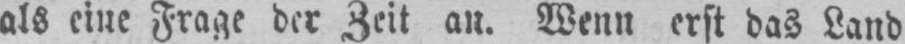
als eine Frage der Zeit an. Wenn erst das Land